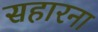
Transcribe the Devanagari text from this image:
सहारना